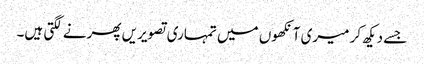
جسے دیکھ کر میری آنکھوں میں تمہاری تصویریں پھرنے لگتی ہیں۔